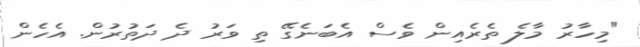
"މިހާރު މާލެ ތެރެއިން ވެސް އެބަނެގޭ ތި ވަރު ދެ ދަތުރުން. އެހެން